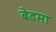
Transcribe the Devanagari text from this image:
बेडमा